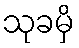
သုခမှိ